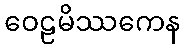
ဝေဠမိဿကေန